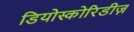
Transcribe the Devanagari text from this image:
डियोस्कोरिडीज़